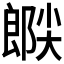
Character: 𫵉